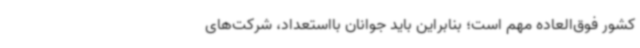
کشور فوق‌العاده مهم است؛ بنابراین باید جوانان بااستعداد، شرکت‌های